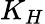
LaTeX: K_{H}